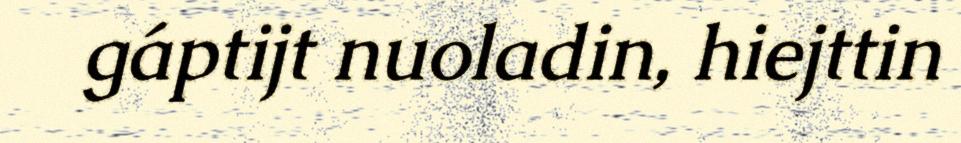
gáptijt nuoladin, hiejttin